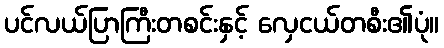
ပင်လယ်ပြာကြီးတစင်းနှင့် လှေငယ်တစီး၏ပုံ။